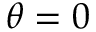
\theta = 0